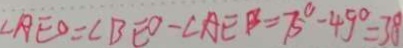
\angle A E O = \angle B E O - \angle A E B = 7 5 ^ { \circ } - 4 9 ^ { \circ } = 3 0 ^ { \circ }